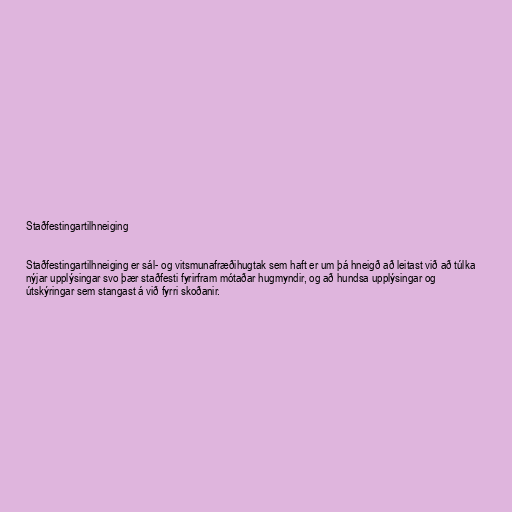
Staðfestingartilhneiging

Staðfestingartilhneiging er sál- og vitsmunafræðihugtak sem haft er um þá hneigð að leitast við að túlka
nýjar upplýsingar svo þær staðfesti fyrirfram mótaðar hugmyndir, og að hundsa upplýsingar og
útskýringar sem stangast á við fyrri skoðanir.